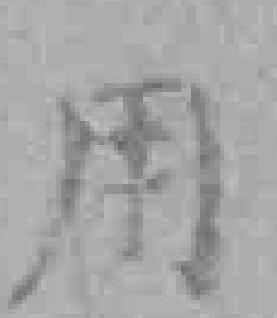
用